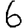
Digit: 6